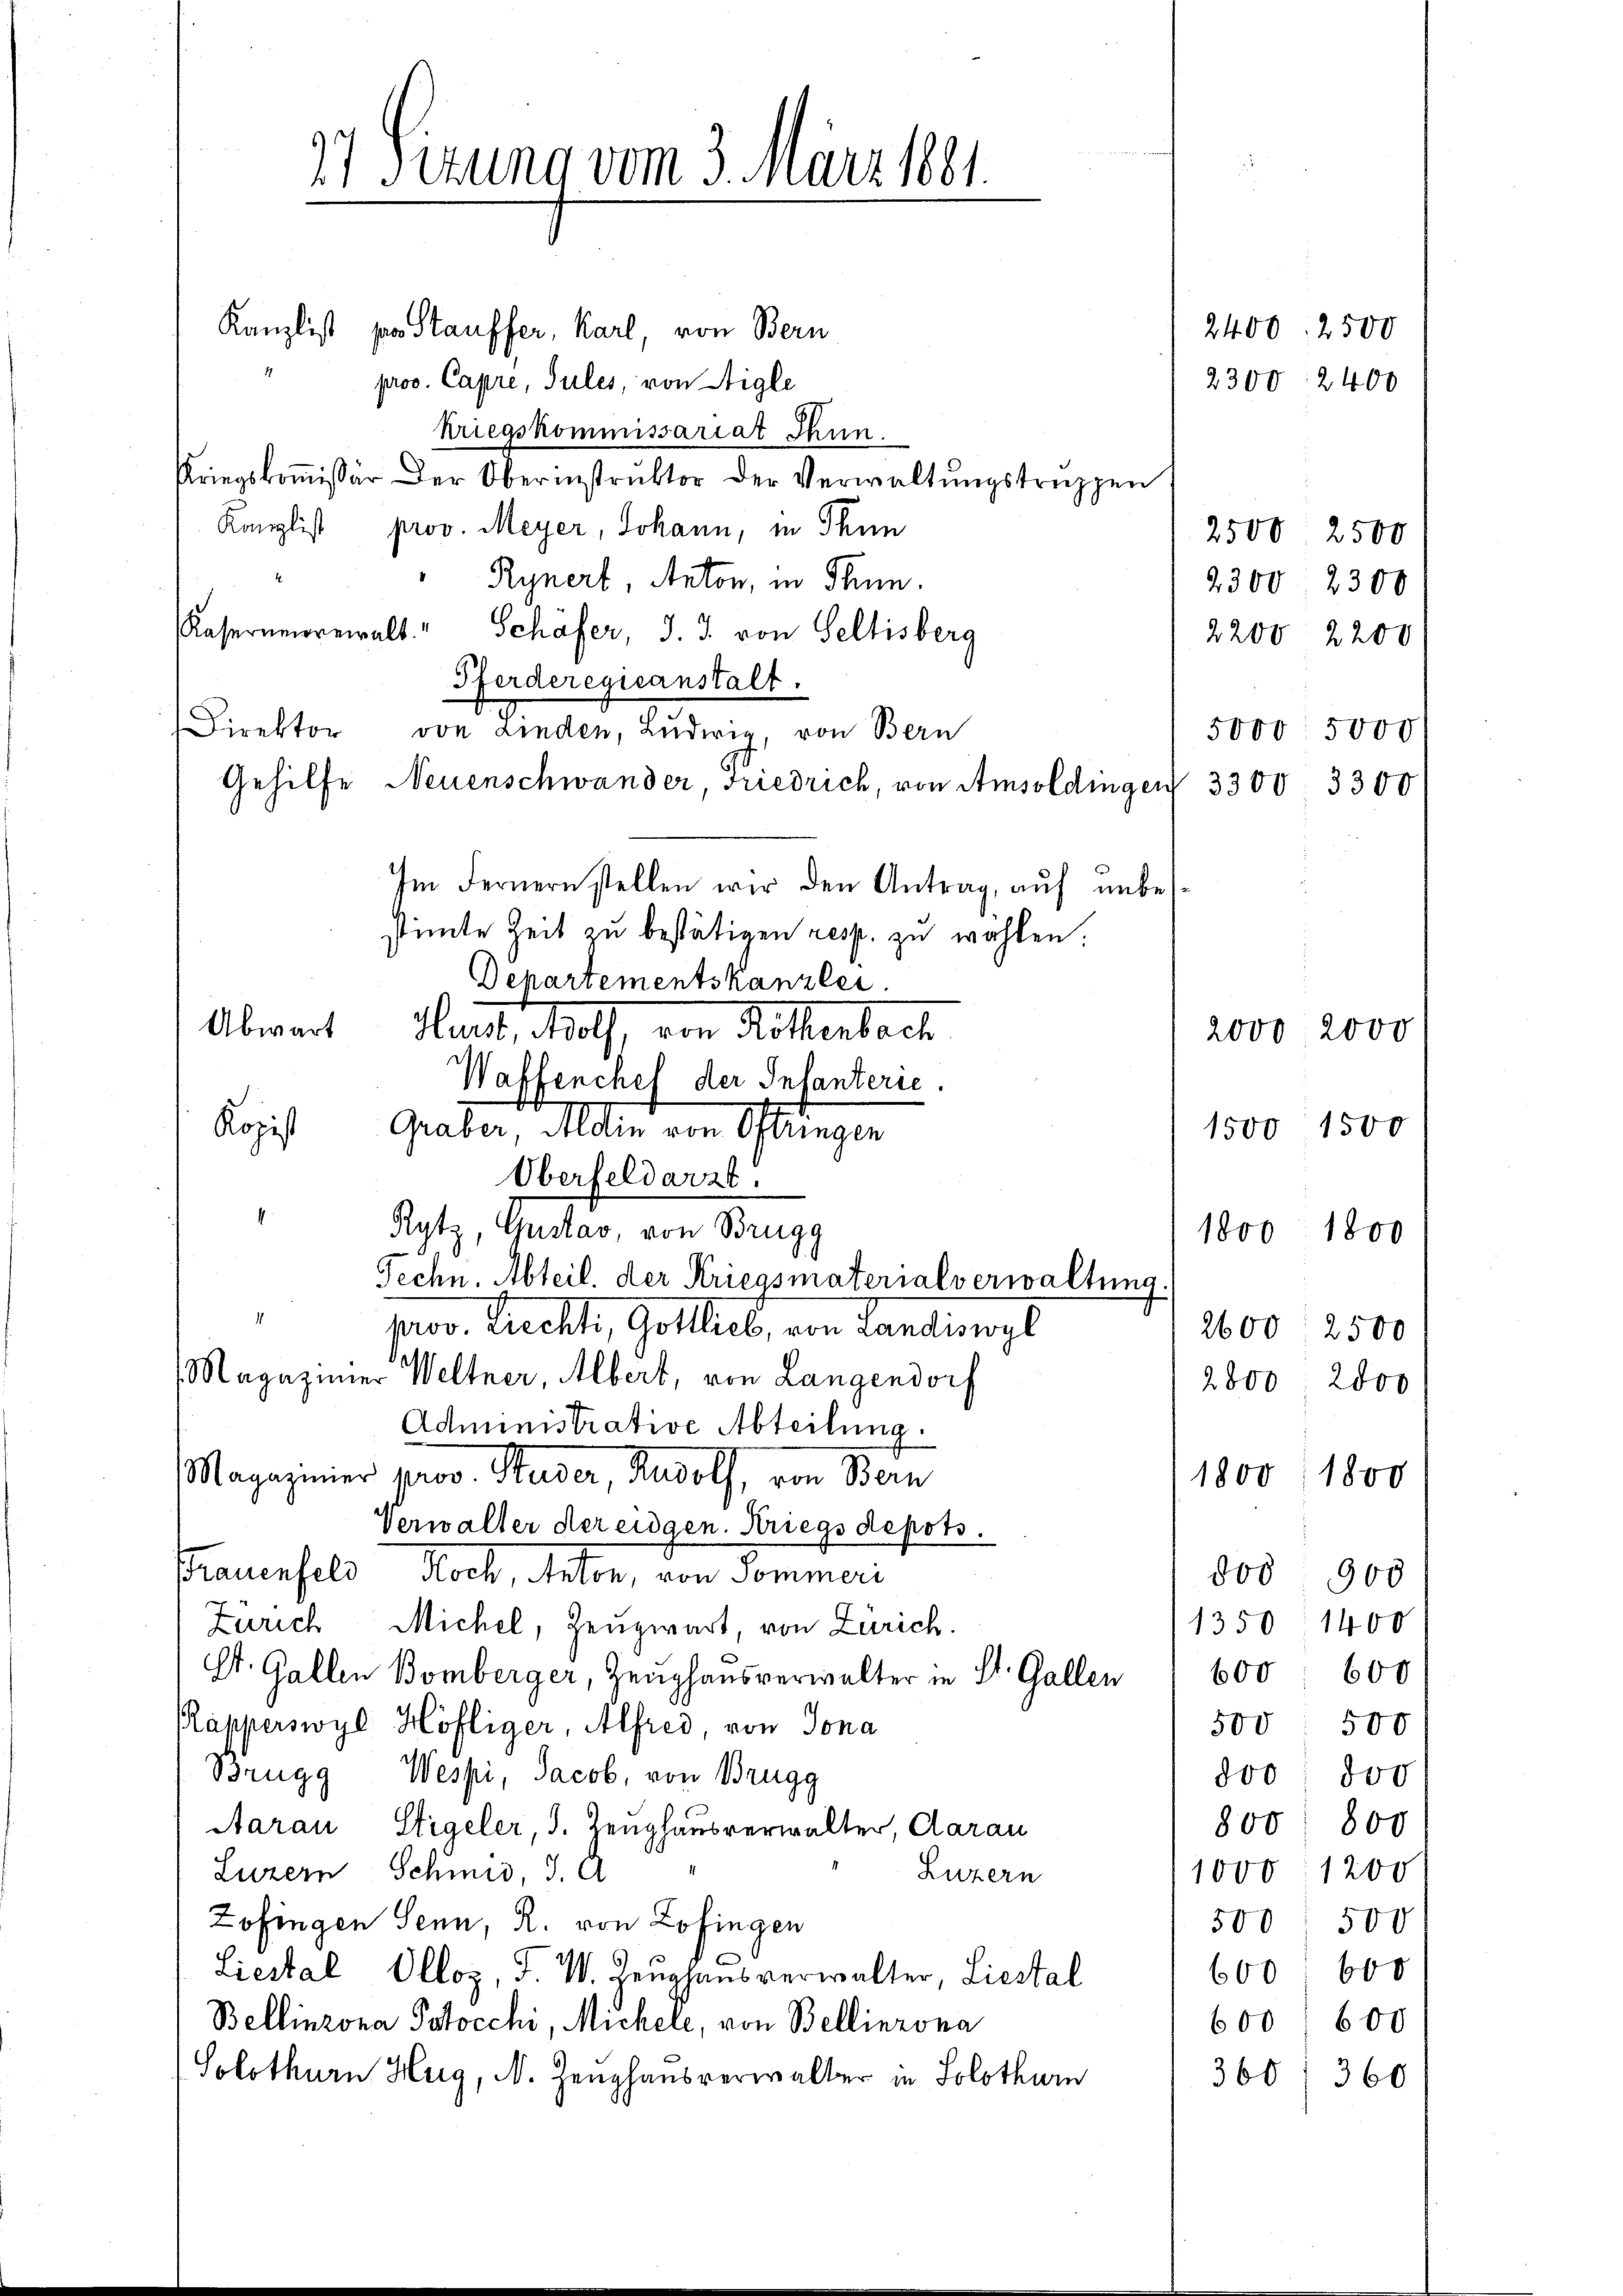
Kanzlist par Stauffer, Karl, von Bern
prov. Capre, Sules, von Aigle
kriegskommissariat Thun.
Kriegskoṁissär der Oberinstruktor der Verwaltŭngstruppen
Kanzlist prov. Meyer, Johann, in Thun
Rynert, Anton, in Thun.
Kasernerewalt " Schäfer, J. J. von Seltisberg
Pferderegieanstalt.
Direktor von Linden, Ludwig, von Bern
Gehilfe Neuenschwander, Friedrich, von Amsoldingen 3300 3300
Im Fernern stellen wir den Antrag, auf unbe
stimmte Zeit zu bestätigen resp. zu wohlen.
Departementskanzlei.
Abwart Heute Noth, von Rittenbach
Waffenchel der Infanterie.
Kopist
Graber, Aldin von Oftringen
1500 1500
Oberfeldarzt.
Rytz, Gustav, von Brugg
1800 1800
Techn. Abteil. der Kriegsmaterialverwaltung.
.
prov. Precht, Gottlieb, von Landiswyl
2600: 2500
Magaziner Weltner, Albert, von Langendorf
2800. 2000
Administrative Abteilung.
Magazinier prov. Studer, Rudolf, von Bern
1800/ 1800
Verwalter der eidgen. Kriegs depots.
Frauenfeld, Noch, Anton, von Sommeri
500 900
1350 1400
Zürich Michel, Zeugwart, von Zürich.
600 600
St. Gallen Bomberger, Zeughausverwalter in St. Gallen
Rapperswyl Höfliger, Alfred, von Jona
500 : 500
Brugg, Wespi, Jacob, von Brugg
800 800
800. 800
Aarau Stigeler, 3. Zeughausverwalter, Carau
Luzern Schmid, S. 9
1000 1200
Luzern
Zofingen Senn, R. von Zofingen
500 : 500
600 600
Liestal Olloz, F. W. Zeughausverwalter, Liestal
Bellinzona Patocchi, Michele, von Bellinzona
600) 600
Solothurn Hug, N. Zeughausverwalter in Solothurn
360 f 360

) Sizung vom 3. März 1881.

2400. 2500
2300 2400

2500 2500
2300. 2300
2200 2200

5000 5000

2000, 2000